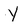
Character: Y